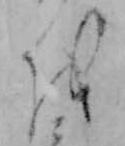
を